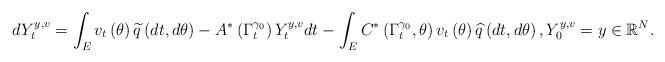
LaTeX: \begin{align*}dY_{t}^{y,v}=\int_{E}v_{t}\left( \theta\right) \widetilde{q}\left(dt,d\theta\right) -A^{\ast}\left( \Gamma_{t}^{\gamma_{0}}\right)Y_{t}^{y,v}dt-\int_{E}C^{\ast}\left( \Gamma_{t}^{\gamma_{0}},\theta\right)v_{t}\left( \theta\right) \widehat{q}\left( dt,d\theta\right) ,\text{}Y_{0}^{y,v}=y\in\mathbb{R}^{N}. \end{align*}